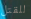
للقتل